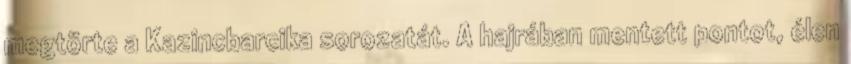
megtörte a Kazincbarcika sorozatát. A hajrában mentett pontot, élen